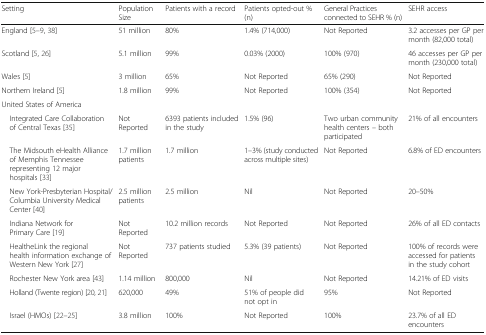
<table><thead><tr><td><b>Setting</b></td><td><b>Population Size</b></td><td><b>Patients with a record</b></td><td><b>Patients opted-out % (n)</b></td><td><b>General Practices connected to SEHR % (n)</b></td><td><b>SEHR access</b></td></tr></thead><tbody><tr><td>England [5–9, 38]</td><td>51 million</td><td>80%</td><td>1.4% (714,000)</td><td>Not Reported</td><td>3.2 accesses per GP per month (82,000 total)</td></tr><tr><td>Scotland [5, 26]</td><td>5.1 million</td><td>99%</td><td>0.03% (2000)</td><td>100% (970)</td><td>46 accesses per GP per month (230,000 total)</td></tr><tr><td>Wales [5]</td><td>3 million</td><td>65%</td><td>Not Reported</td><td>65% (290)</td><td>Not Reported</td></tr><tr><td>Northern Ireland [5]</td><td>1.8 million</td><td>99%</td><td>Not Reported</td><td>100% (354)</td><td>Not Reported</td></tr><tr><td colspan="6">United States of America</td></tr><tr><td> Integrated Care Collaboration of Central Texas [35]</td><td>Not Reported</td><td>6393 patients included in the study</td><td>1.5% (96)</td><td>Two urban community health centers – both participated</td><td>21% of all encounters</td></tr><tr><td> The Midsouth eHealth Alliance of Memphis Tennessee representing 12 major hospitals [33]</td><td>1.7 million patients</td><td>1.7 million</td><td>1–3% (study conducted across multiple sites)</td><td>Not Reported</td><td>6.8% of ED encounters</td></tr><tr><td> New York-Presbyterian Hospital/ Columbia University Medical Center [40]</td><td>2.5 million patients</td><td>2.5 million</td><td>Nil</td><td>Not Reported</td><td>20–50%</td></tr><tr><td> Indiana Network for Primary Care [19]</td><td>Not Reported</td><td>10.2 million records</td><td>Not Reported</td><td>Not Reported</td><td>26% of all ED contacts</td></tr><tr><td> HealtheLink the regional health information exchange of Western New York [27]</td><td>Not Reported</td><td>737 patients studied</td><td>5.3% (39 patients)</td><td>Not Reported</td><td>100% of records were accessed for patients in the study cohort</td></tr><tr><td> Rochester New York area [43]</td><td>1.14 million</td><td>800,000</td><td>Nil</td><td>Not Reported</td><td>14.21% of ED visits</td></tr><tr><td> Holland (Twente region) [20, 21]</td><td>620,000</td><td>49%</td><td>51% of people did not opt in</td><td>95%</td><td>Not Reported</td></tr><tr><td> Israel (HMOs) [22–25]</td><td>3.8 million</td><td>100%</td><td>Not Reported</td><td>100%</td><td>23.7% of all ED encounters</td></tr></tbody></table>